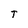
Character: T